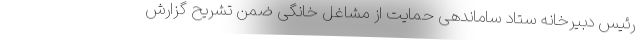
رئیس دبیرخانه ستاد ساماندهی حمایت از مشاغل خانگی ضمن تشریح گزارش